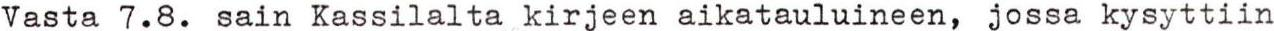
Vasta 7.8. sain Kassilalta kirjeen aikatauluineen, jossa kysyttiin